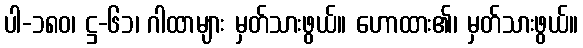
ပါ-၁၈၀၊ ဋ္ဌ-၆၁၊ ဂါထာများ မှတ်သားဖွယ်။ ဟောထား၏၊ မှတ်သားဖွယ်။